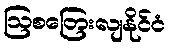
ဩစတြေးလျနိုင်ငံ